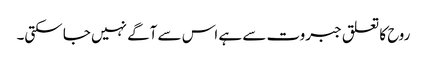
روح کا تعلق جبروت سے ہے اس سے آگے نہیں جا سکتی۔